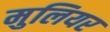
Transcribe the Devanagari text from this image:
मुलियर